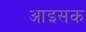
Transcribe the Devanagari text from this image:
आइसक